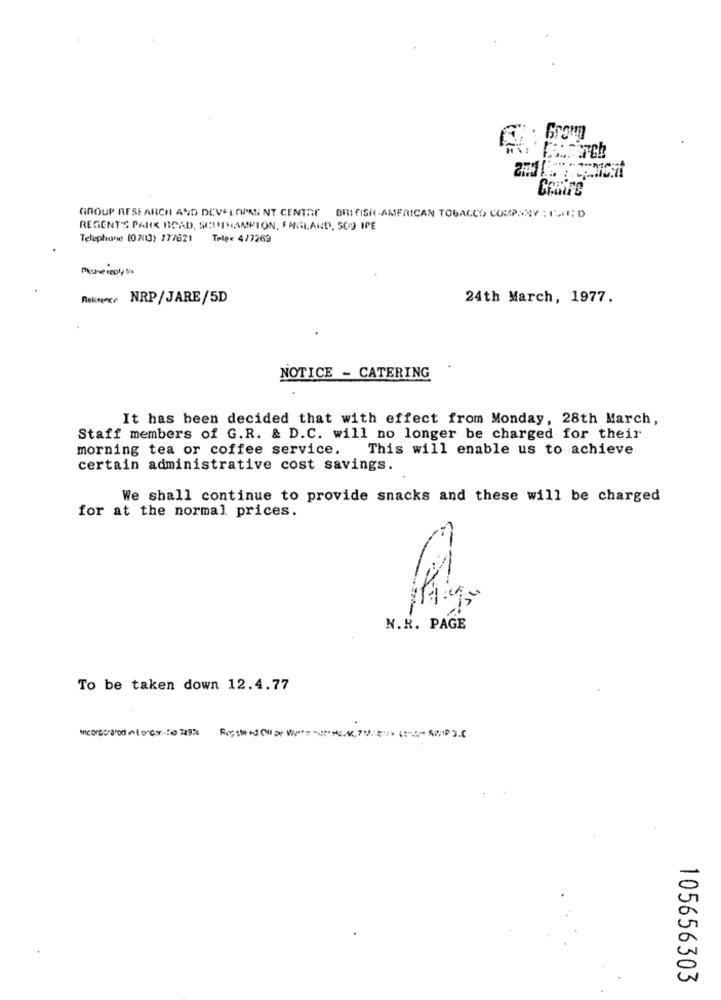
From
GROUP RESEARCH AND DEVELOPMENT CENTRE BRITISH-AMERICAN TOBACCO COMPANY : P.I; D
REGENT'S PARK ROAD, SOUTHAMPTON, FARILAND, 509 IPE
Telephone (07013) 277621 Telex 4/7269
Rekroner NRP/ JARE/5D
24th March, 1977.
NOTICE - CATERING
It has been decided that with effect from Monday, 28th March,
Staff members of G.R. & D.C. will no longer be charged for their
morning tea or coffee service.
This will enable us to achieve
certain administrative cost savings.
We shall continue to provide snacks and these will be charged
for at the normal prices.
N.R. PAGE
To be taken down 12.4.77
105656303